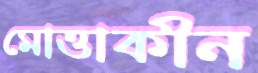
মোত্তাকীন